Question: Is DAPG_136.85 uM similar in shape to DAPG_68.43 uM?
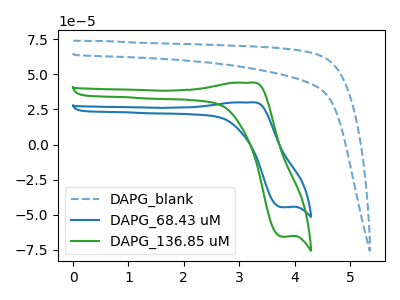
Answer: <think>The blue dashed curve "DAPG_blank" has no peaks. The blue curve "DAPG_68.43 uM" has an anodic peak at (3.20V, 30.05uA) and a cathodic peak at (3.80V, -44.75uA). The green curve "DAPG_136.85 uM" has an anodic peak at (3.20V, 44.10uA) and a cathodic peak at (3.80V, -65.70uA).
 All the peaks in "DAPG_136.85 uM" have a peak in "DAPG_68.43 uM" at the same potential. Every peak in "DAPG_136.85 uM" is higher than every peak in "DAPG_68.43 uM".</think>
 <answer>"DAPG_136.85 uM" and "DAPG_68.43 uM" are similar in shape.</answer>
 <eval>same_shape</eval>